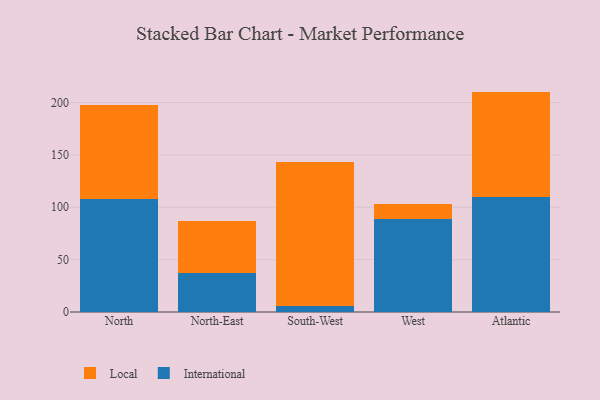
{"axis": {"x": "Region", "y": "Active Users"}, "legend": ["International", "Local"], "data": [{"x": "North", "y": 107.8, "type": "International"}, {"x": "North", "y": 90.0, "type": "Local"}, {"x": "North-East", "y": 37.2, "type": "International"}, {"x": "North-East", "y": 50.1, "type": "Local"}, {"x": "South-West", "y": 5.4, "type": "International"}, {"x": "South-West", "y": 137.6, "type": "Local"}, {"x": "West", "y": 89.1, "type": "International"}, {"x": "West", "y": 14.0, "type": "Local"}, {"x": "Atlantic", "y": 110.2, "type": "International"}, {"x": "Atlantic", "y": 100.2, "type": "Local"}]}